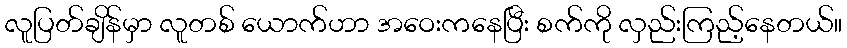
လူပြတ်ချိန်မှာ လူတစ် ယောက်ဟာ အဝေးကနေပြီး စက်ကို လှည်းကြည့်နေတယ်။